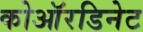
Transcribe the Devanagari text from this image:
कोऑरडिनेट